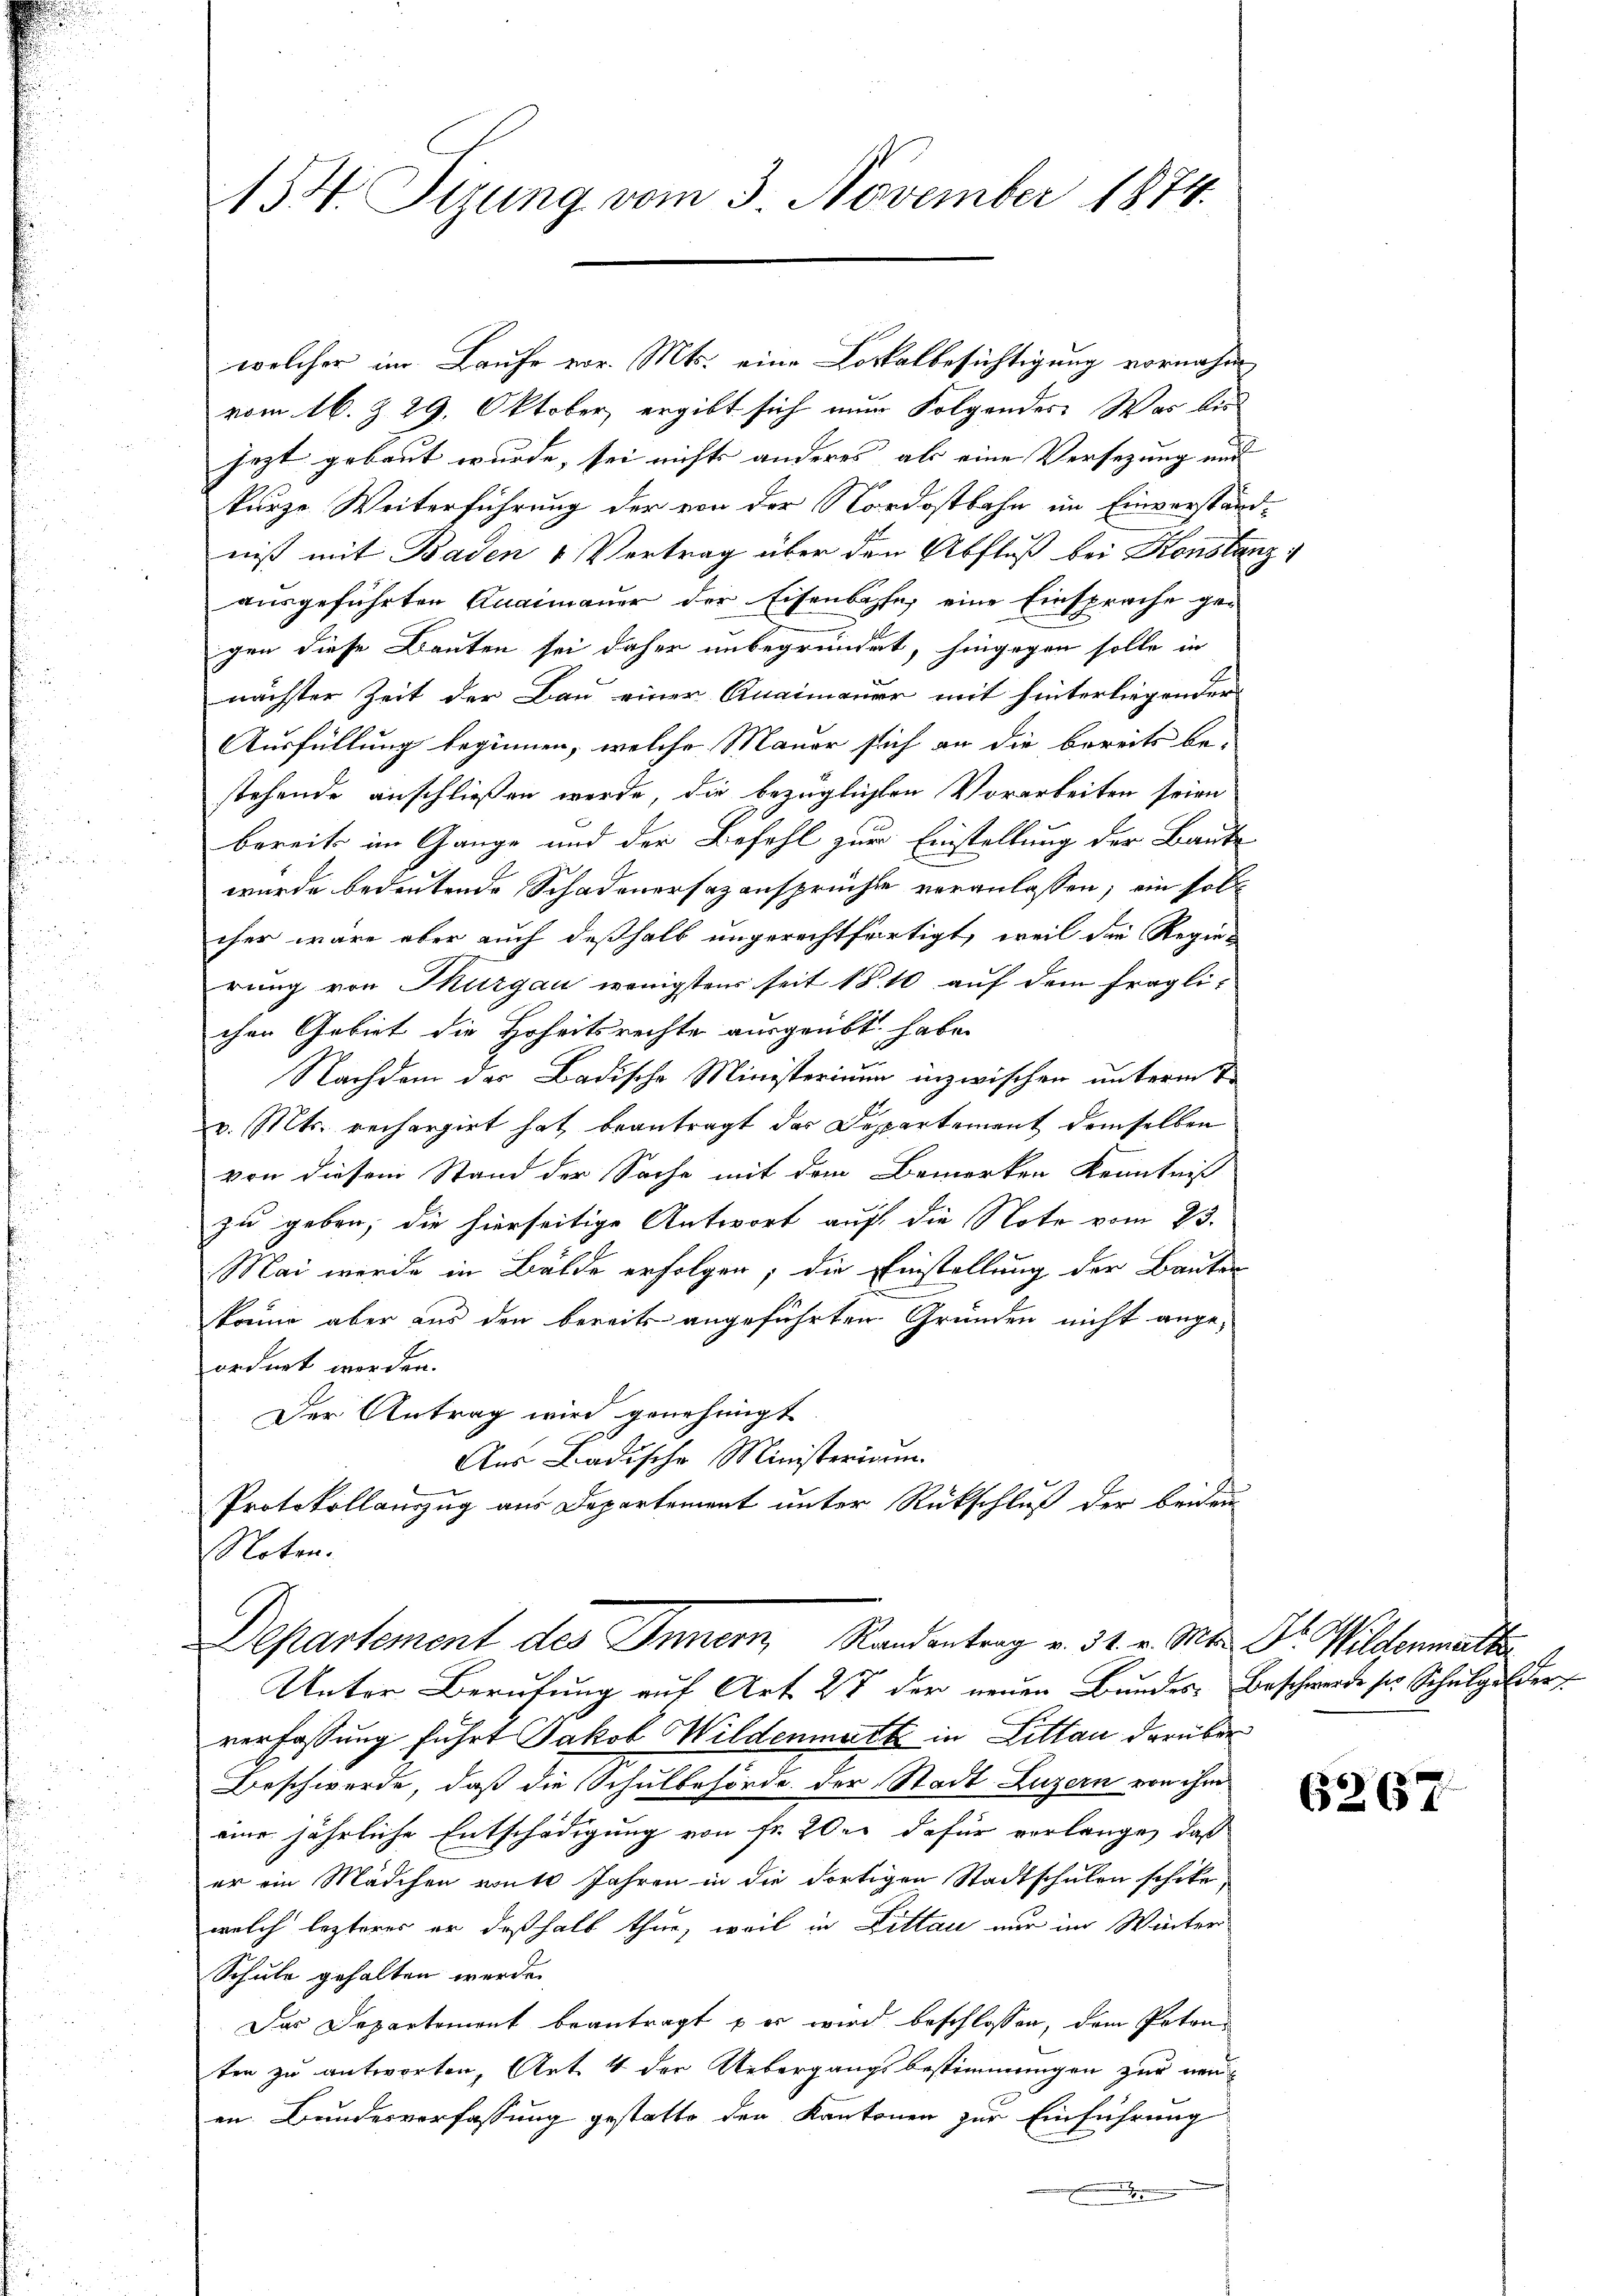
s

154. Sizung vom 3. November 1874.

welcher im Laufe vor. Mts. eine Lokalbesichtigung vornahm
vom 16. & 29. Oktober, ergibt sich nur Folgendes Was des
jezt gebaut wurde, sei nichts anderes als eine Versezung und
kurze Weiterführung der von der Nordostbahn im Einverständ-
niß mit Baden & Vertrag über den Abfluß bei Konstanz
ausgeführten Quaimauer der Eisenbahn, eine Einsprache ge-
gen diese Bauten sei daher unbegründet, hingegen solle in
nächster Zeit der Bau einer Anaimauer mit hinterliegender
Ausfüllung beginnen, welche Mauer sich an die bereits be-
stehende anschließen werde, die bezüglichten Vorarbeiten seien
bereits im Gange und der Befehl zur Einstellung der Baute
wurde bedeutende Schadenersazansprüchte veranlassen; ein solcher wäre aber auch deßhalb ungerechtfertigt, weil die Regie-
rung von Thurgau wenigstens seit 18. 10 auf dem fraglichen Gebiet die Hoheitsrechte ausgeübt habe.
Nachdem das Badische Ministerinum inzwischen unterm 1
v. Mts. rechargirt hat beantragt das Departement demselben
von diesem Stand der Sache mit dem Bemerken Kenntnis
zu geben, die hierseitige Antwort auf die Note vom 23.
Mai werde in Bälde erfolgen; die Einstellung der Bauten
könne aber aus den bereits angeführten Gründen nicht ange-
ordnet werden.
Der Antrag wird genehmigt
Aus Badische Ministerium
Protokollauszug aus Departement unter Rückschluß der beiden
Noten.
Departement des Innern Randentrag v. 31. v. Mts. Dr. Wildenmatte
Unter Berufung auf Art 27 der neuen Bundes Beschwerde ser Schulgelder
verfassung führt Jakob Wildenmatt in Litten darüber
Beschwerde, daß die Schulbehörde der Stadt Luzern von ihm
eine jährliche Entschädigung von Fr. 2 der dafür verlange, daß
er ein Mädchen monte Jahren in die dortigen Stadtschulen schike
welch lezteres er deßhalb thun, weil in Dittau nur im Winter
Schule gehalten werden
Das Departement beantragt – er wird beschlossen, dem Potonten zu antworten, Art 4 der Uebergangsbestimmungen zur neuen Bundesverfassung gestatte den Kantonen zur Einführung
.

6267